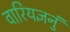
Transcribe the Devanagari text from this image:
वारियज्ञनुं